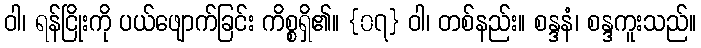
ဝါ၊ ရန်ငြိုးကို ပယ်ဖျောက်ခြင်း ကိစ္စရှိ၏။ {၀၇} ဝါ၊ တစ်နည်း။ စန္ဒနံ၊ စန္ဒကူးသည်။